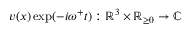
v ( x ) \exp ( - i \omega ^ { + } t ) : \mathbb { R } ^ { 3 } \times \mathbb { R } _ { \geq 0 } \rightarrow \mathbb { C }